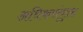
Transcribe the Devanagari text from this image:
अधिकसंयुक्त